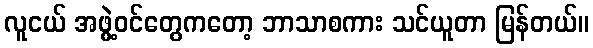
လူငယ် အဖွဲ့ဝင်တွေကတော့ ဘာသာစကား သင်ယူတာ မြန်တယ်။